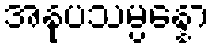
အနုပသမ္ပန္နော